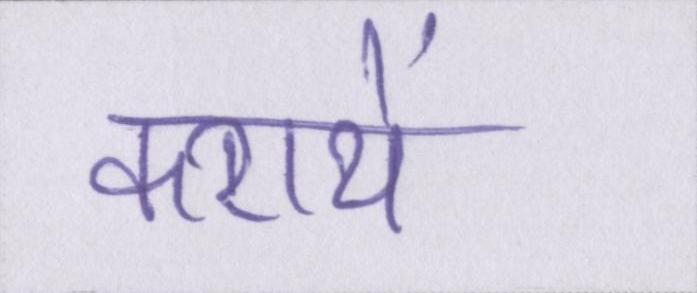
करायें